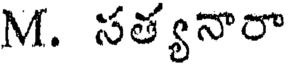
M. సత్యనారా